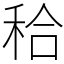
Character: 秴